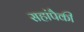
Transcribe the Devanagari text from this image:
सहांपैकी